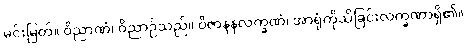
မင်းမြတ်။ ဝိညာဏံ၊ ဝိညာဉ်သည်။ ဝိဇာနနလက္ခဏံ၊ အာရုံကိုသိခြင်းလက္ခဏာရှိ၏။